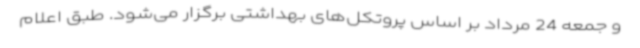
و جمعه 24 مرداد بر اساس پروتکل‌های بهداشتی برگزار می‌شود. طبق اعلام